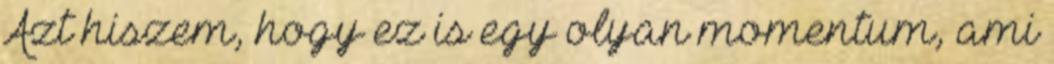
Azt hiszem, hogy ez is egy olyan momentum, ami